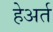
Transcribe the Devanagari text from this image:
हेअर्त